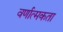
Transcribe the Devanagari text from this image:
वर्णात्मकता